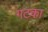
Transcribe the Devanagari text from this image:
गटका